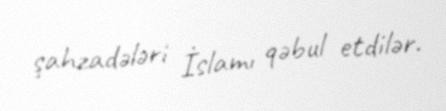
şahzadələri İslamı qəbul etdilər.